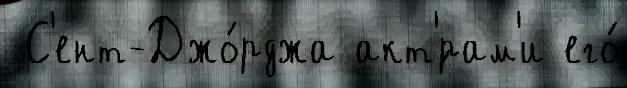
 С'ент-Джо́рджа акт'́рам'и его́